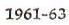
1961-63